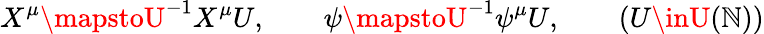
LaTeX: X^{\mu}\mapstoU^{-1}X^{\mu}U,\qquad\psi\mapstoU^{-1}\psi^{\mu}U,\qquad(U\inU(\mathbb{N}))